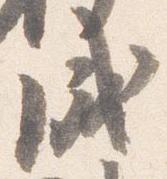
成